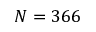
N = 3 6 6